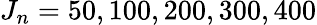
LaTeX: J_{n}=50,100,200,300,400